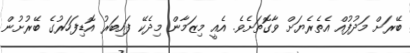
ބޭރަށް މަދުފުއް އެތެރެޔަށް ވާގޮތަށެވެ. އެއީ މިޒަމާން މިދެކޭ ފައިބަރު އޮޑިފަހަރުގެ ބޭރުށުން